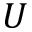
U